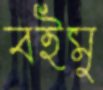
বইমু